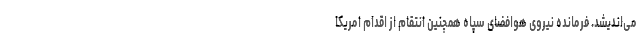
می‌اندیشد. فرمانده نیروی هوافضای سپاه همچنین انتقام از اقدام امریکا